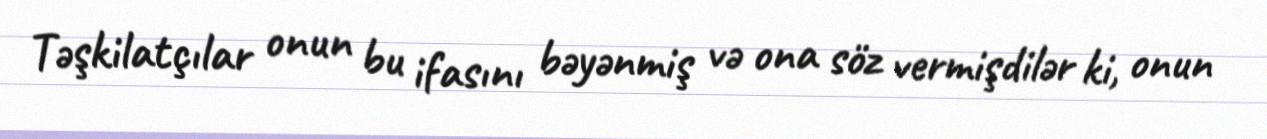
Təşkilatçılar onun bu ifasını bəyənmiş və ona söz vermişdilər ki, onun